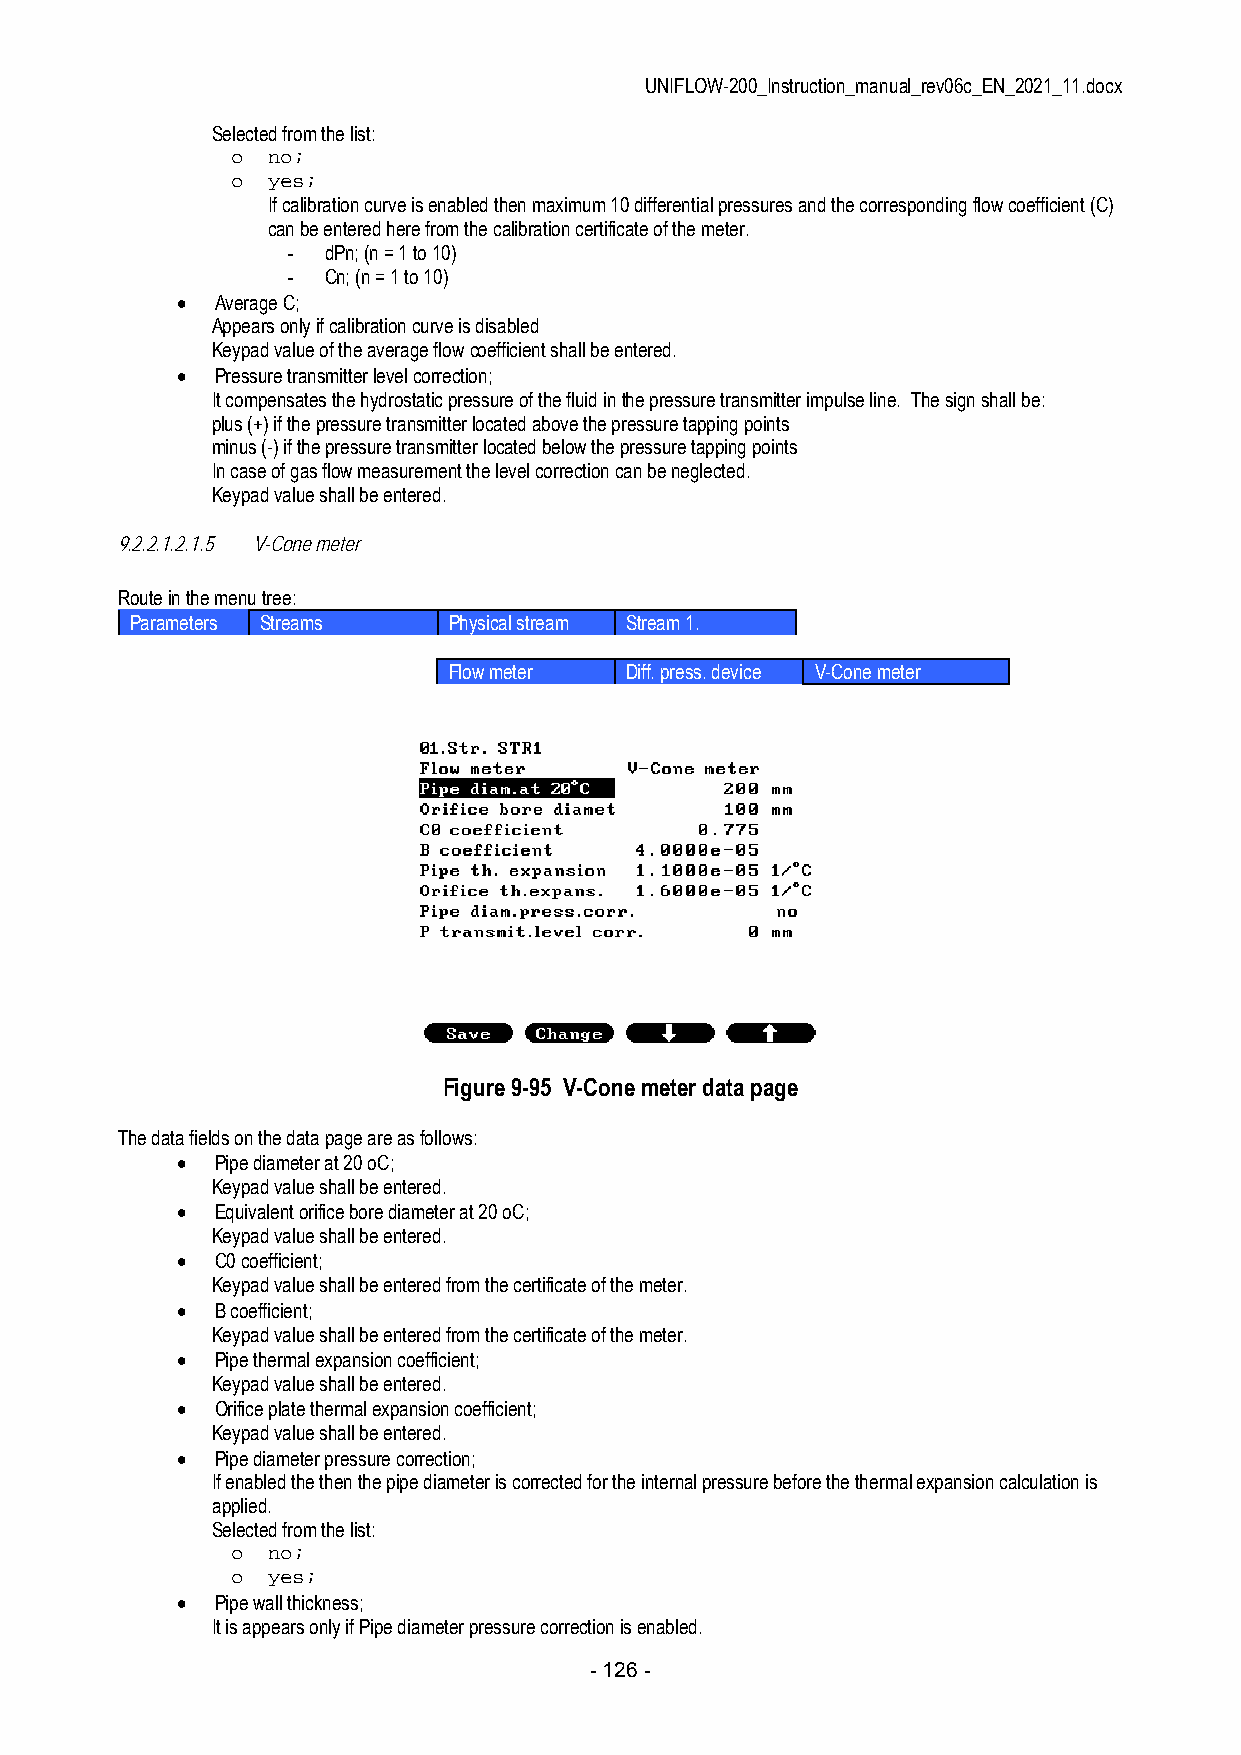
UNIFLOW-200_Instruction_manual_rev06c_EN_2021_11.docx
 Selected from the list:
 o  no;
 o  yes;
 If calibration curve is enabled then maximum 10 differential pressures and the corresponding flow coefficient (C)
 can be entered here from the calibration certificate of the meter.
 - dPn; (n = 1 to 10)
 - Cn; (n = 1 to 10)
  Average C;
 Appears only if calibration curve is disabled
 Keypad value of the average flow coefficient shall be entered.
  Pressure transmitter level correction;
 It compensates the hydrostatic pressure of the fluid in the pressure transmitter impulse line. The sign shall be:
 plus (+) if the pressure transmitter located above the pressure tapping points
 minus (-) if the pressure transmitter located below the pressure tapping points
 In case of gas flow measurement the level correction can be neglected.
 Keypad value shall be entered.
 9.2.2.1.2.1.5 V-Cone meter
 Route in the menu tree:
 Parameters Streams   Physical stream Stream 1.
 Flow meter Diff. press. device V-Cone meter
 Figure 9-95 V-Cone meter data page
 The data fields on the data page are as follows:
  Pipe diameter at 20 oC;
 Keypad value shall be entered.
  Equivalent orifice bore diameter at 20 oC;
 Keypad value shall be entered.
  C0 coefficient;
 Keypad value shall be entered from the certificate of the meter.
  B coefficient;
 Keypad value shall be entered from the certificate of the meter.
  Pipe thermal expansion coefficient;
 Keypad value shall be entered.
  Orifice plate thermal expansion coefficient;
 Keypad value shall be entered.
  Pipe diameter pressure correction;
 If enabled the then the pipe diameter is corrected for the internal pressure before the thermal expansion calculation is
 applied.
 Selected from the list:
 o  no;
 o  yes;
  Pipe wall thickness;
 It is appears only if Pipe diameter pressure correction is enabled.
 - 126 -